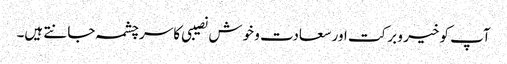
آپ کو خیر و برکت اور سعادت و خوش نصیبی کا سرچشمہ جانتے ہیں۔